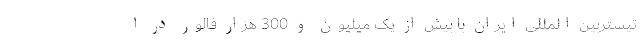
تیستربین المللی ایران با بیش از یک میلیون و 300 هزار فالُوِر در ا